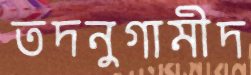
তদনুগামীদ